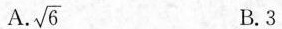
A. $$\sqrt{6}$$ B.3